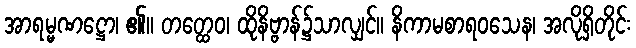
အာရမ္မဏဋ္ဌော၊ ၏။ တတ္ထေဝ၊ ထိုနိဗ္ဗာန်၌သာလျှင်။ နိကာမစာရဝသေန၊ အလိုရှိတိုင်း